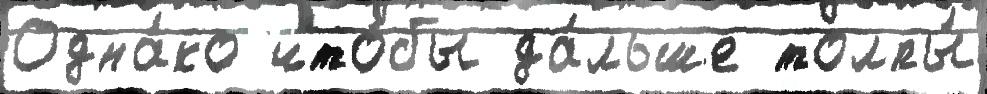
Одна́ко что́бы да́льше толпы́